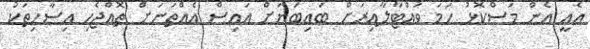
އެއީ އެން މަސްކޮޅު ހަމަ ވައްޓާލާއިރަށް ބައިބަޔަށް އައިސް އެއްތަނަށް ތޮއްޖެހި އިސާހިތަކު